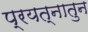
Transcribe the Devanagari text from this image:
प्रयत्नातुन